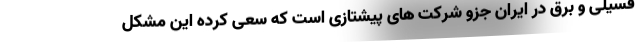
فسیلی و برق در ایران جزو شرکت های پیشتازی است که سعی کرده این مشکل